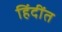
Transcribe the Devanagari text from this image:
हिंदींत